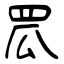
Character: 罛